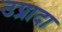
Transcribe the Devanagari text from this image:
उप्रादा